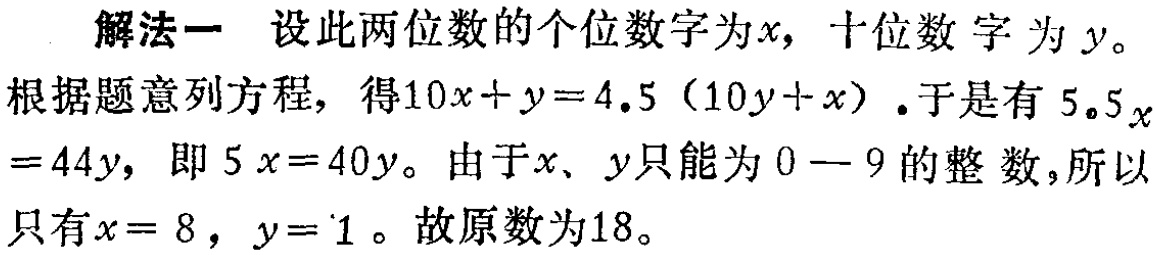
解法一 设此两位数的个位数字为\(x\)，十位数字为\(y\)。

根据题意列方程，得\(10x + y = 4.5(10y + x)\)。于是有\(5.5x = 44y\)，即\(5x = 40y\)。由于\(x、y\)只能为\(0 - 9\)的整数，所以只有\(x = 8\)，\(y = 1\)。故原数为\(18\)。